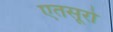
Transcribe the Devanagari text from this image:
एतसूरो